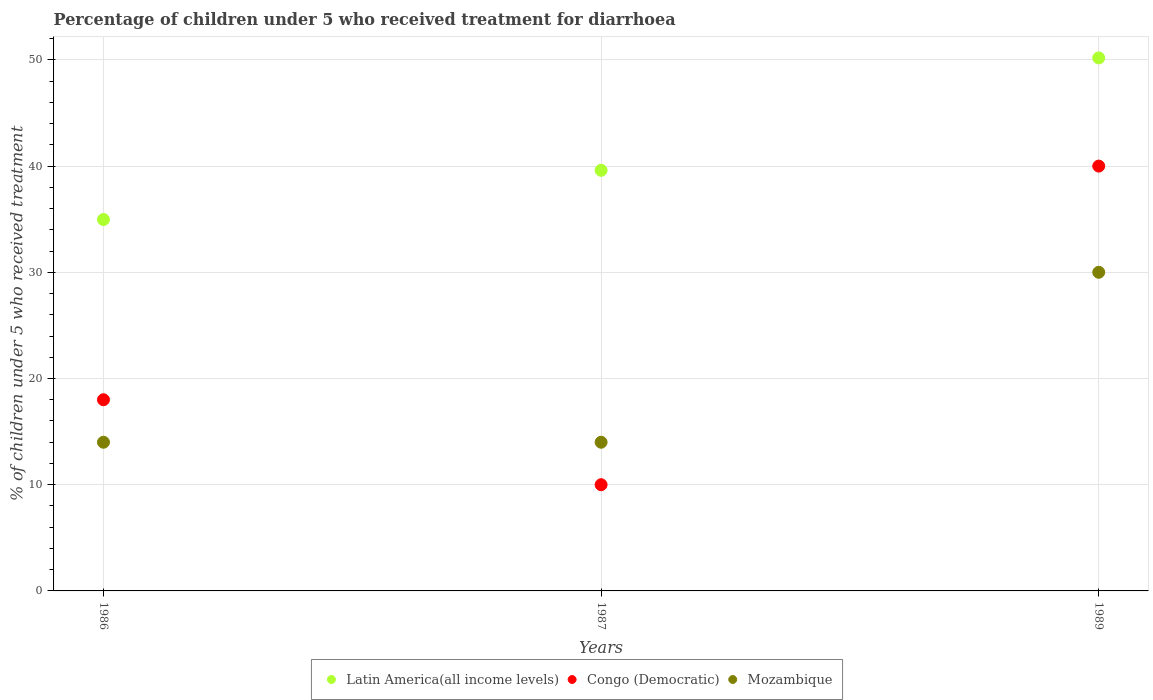
| Years | Latin America(all income levels) | Congo (Democratic) | Mozambique |
 | --- | --- | --- | --- |
 | 1986 | 35 | 18 | 14 |
 | 1987 | 39.6 | 10 | 14 |
 | 1989 | 50.2 | 40 | 30 |